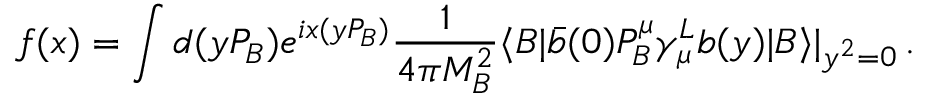
f ( x ) = \int d ( y P _ { B } ) e ^ { i x ( y P _ { B } ) } \frac { 1 } { 4 \pi M _ { B } ^ { 2 } } \langle B | \bar { b } ( 0 ) P _ { B } ^ { \mu } \gamma _ { \mu } ^ { L } b ( y ) | B \rangle | _ { y ^ { 2 } = 0 } \, .